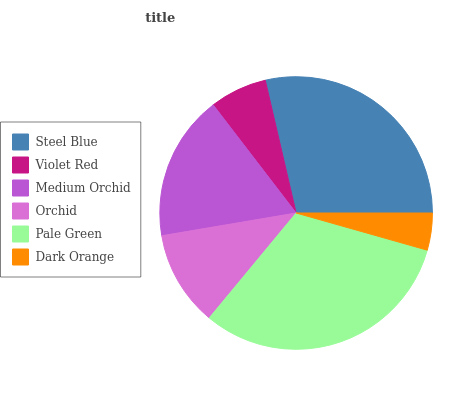
| Steel Blue | Violet Red | Medium Orchid | Orchid | Pale Green | Dark Orange |
 | --- | --- | --- | --- | --- | --- |
 | 28.6% | 6.78% | 17.2% | 11.3% | 31.7% | 4.39% |